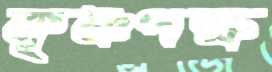
কৃষ্ণপক্ষ